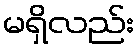
မရှိလည်း